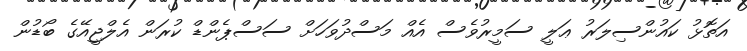
އަތޮޅު ކައުންސިލަރު ޢަލީ ސަމީރުވެސް އެއް މަސްދުވަހަށް ސަސްޕެންޑް ކުރަން އެލްޖީއޭގެ ބޯޑުން